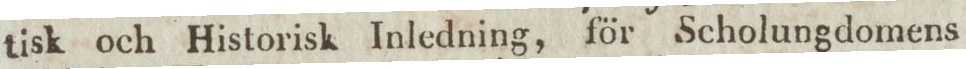
tisk och Historisk Inledning, för Scholungdomens